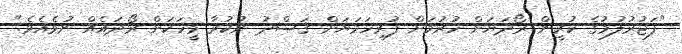
"ފަޖުރުލުމުގެ ކުރީން ރޯދަޔަށް ހުރުމަށް ފުރިހަމަޔަށް ޤަޞްދު ނުކުރާ މީހަކަށް ރޯދައެއް ނުވެއެވެ."